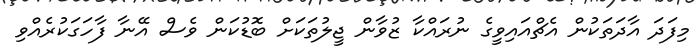
މިފަދަ އާދަތަކުން އެޗްއައިވީގެ ނުރައްކާ ޒުވާން ޖީލުތަކަށް ބޮޑުކަން ވެސް އޭނާ ފާހަގަކުރެއްވި